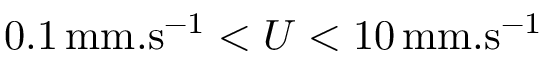
0 . 1 \, \mathrm { m m . s ^ { - 1 } } < U < 1 0 \, \mathrm { m m . s ^ { - 1 } }